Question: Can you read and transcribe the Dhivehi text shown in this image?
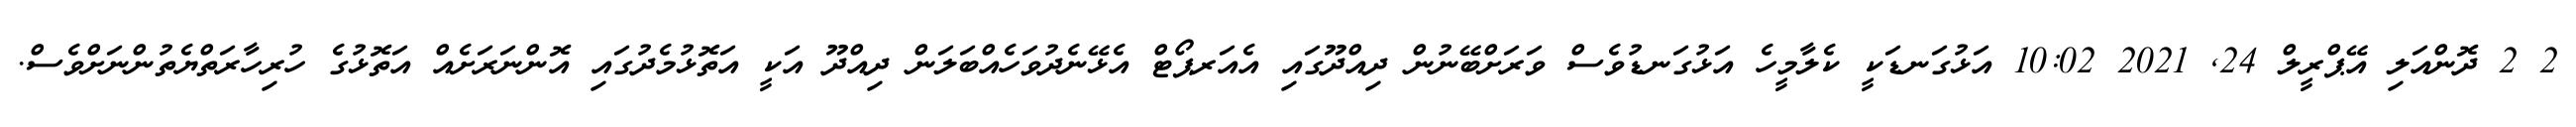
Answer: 2 2 ދޮންއަލި އޭޕްރީލް 24, 2021 10:02 އަޅުގަނޑަކީ ކެލާމީހެ އަޅުގަނޑުވެސް ވަރަށްބޭނުން ދިއްދޫގައި އެއަރޕޯޓް އެޅޭނެދުވަހެއްބަލަން ދިއްދޫ އަކީ އަތޮޅުމެދުގައި އޮންނަރަށެއް އަތޮޅުގެ ހުރިހާރަތްޔެތުންނަށްވެސް.